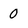
Character: 0